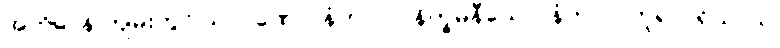
အဘိဓာန် ကျမ်းတွင် သာဝဏော၊ နံကာလ၊ နိက္ခမနီယော၊ နံကာလဟူ၍ ပရိယာယ်